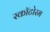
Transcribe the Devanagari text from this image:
स्कॉटोरम